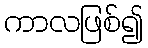
ကာလဖြစ်၍